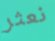
نعثر